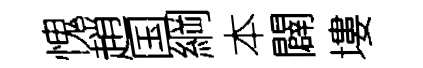
愧趙国綱本闢塿